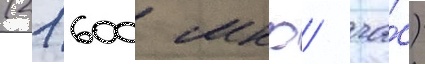
(21 600 мкр/ ча́с)